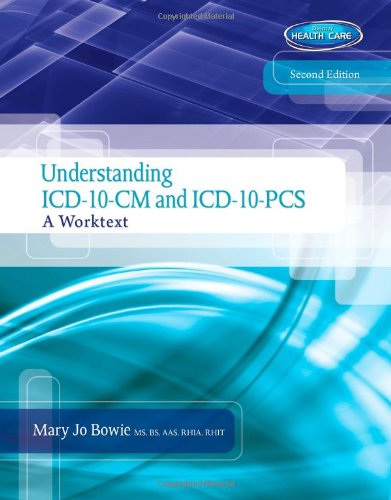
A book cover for Understanding ICD-10-CM and ICD-10-PCS: A Worktext (with Cengage EncoderPro.com Demo Printed Access Card and Premium Web Site, 2 terms (12 months) Printed Access Card); Mary Jo Bowie; Medical Books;